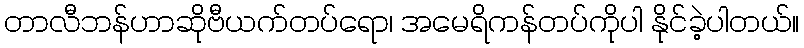
တာလီဘန်ဟာဆိုဗီယက်တပ်ရော၊ အမေရိကန်တပ်ကိုပါ နိုင်ခဲ့ပါတယ်။